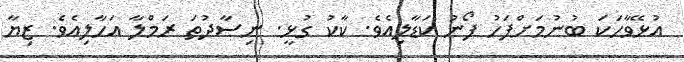
އުޅޭވާހަކަ ބުނުމަށްފަހު ފޯނު ކަޑާލިއެވެ. ކާކު ގުޅީ. ނިސާދުތަ ރަމްލާ އަހާލިއެވެ. ޒިޔާ